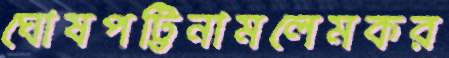
ঘোষপট্টিনামলেমকর